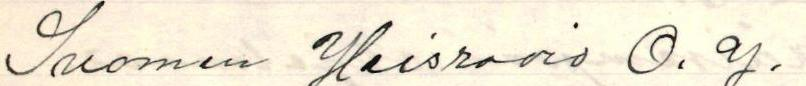
Suomen Yleisradio O.y.